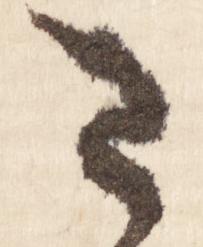
た